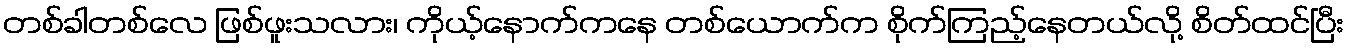
တစ်ခါတစ်လေ ဖြစ်ဖူးသလား၊ ကိုယ့်နောက်ကနေ တစ်ယောက်က စိုက်ကြည့်နေတယ်လို့ စိတ်ထင်ပြီး